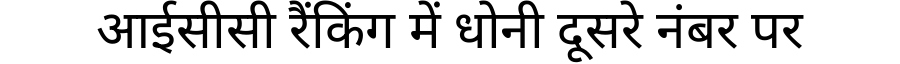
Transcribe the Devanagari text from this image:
आईसीसी रैंकिंग में धोनी दूसरे नंबर पर